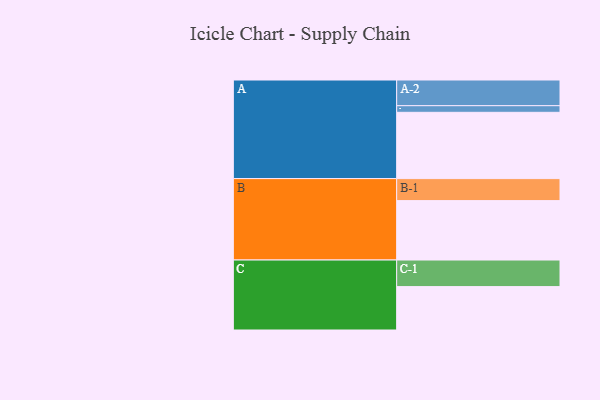
{"axis": {"x": "Segment", "y": "Value"}, "legend": ["", "A", "B", "C"], "data": [{"x": "A", "y": 521, "type": ""}, {"x": "B", "y": 467, "type": ""}, {"x": "C", "y": 341, "type": ""}, {"x": "A-1", "y": 52, "type": "A"}, {"x": "A-2", "y": 202, "type": "A"}, {"x": "B-1", "y": 173, "type": "B"}, {"x": "C-1", "y": 209, "type": "C"}]}